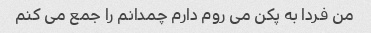
من فردا به پکن می روم دارم چمدانم را جمع می کنم